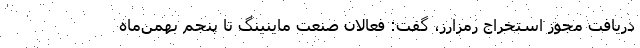
دریافت مجوز استخراج رمزارز، گفت: فعالان صنعت ماینینگ تا پنجم بهمن‌ماه